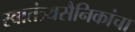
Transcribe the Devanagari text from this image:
स्वातंत्र्यसैनिकांचा